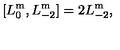
[ L _ { 0 } ^ { \mathrm { m } } , L _ { - 2 } ^ { \mathrm { m } } ] = 2 L _ { - 2 } ^ { \mathrm { m } } ,